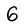
Character: 6